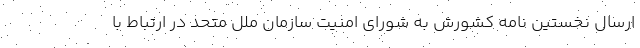
ارسال نخستین نامه کشورش به شورای امنیت سازمان ملل متحد در ارتباط با